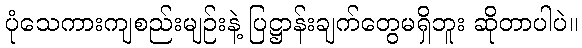
ပုံသေကားကျစည်းမျဉ်းနဲ့ ပြဋ္ဌာန်းချက်တွေမရှိဘူး ဆိုတာပါပဲ။